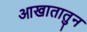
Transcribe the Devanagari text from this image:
आखातातुन